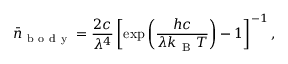
\bar { n } _ { \mathrm { ~ b ~ o ~ d ~ y ~ } } = \frac { 2 c } { \lambda ^ { 4 } } \left[ \exp \left( \frac { h c } { \lambda k _ { \mathrm { ~ B ~ } } T } \right) - 1 \right] ^ { - 1 } ,